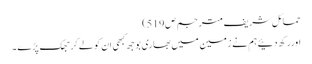
حمائل شریف مترجم ص519)
اوررکھ دئیےہم نے زمین میں بھاری بوجھ کبھی ان کو لے کر جھک پڑے ۔